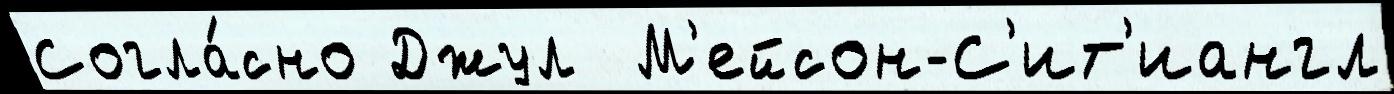
Согла́сно Джул  М'ейсон-С'ит'иангл